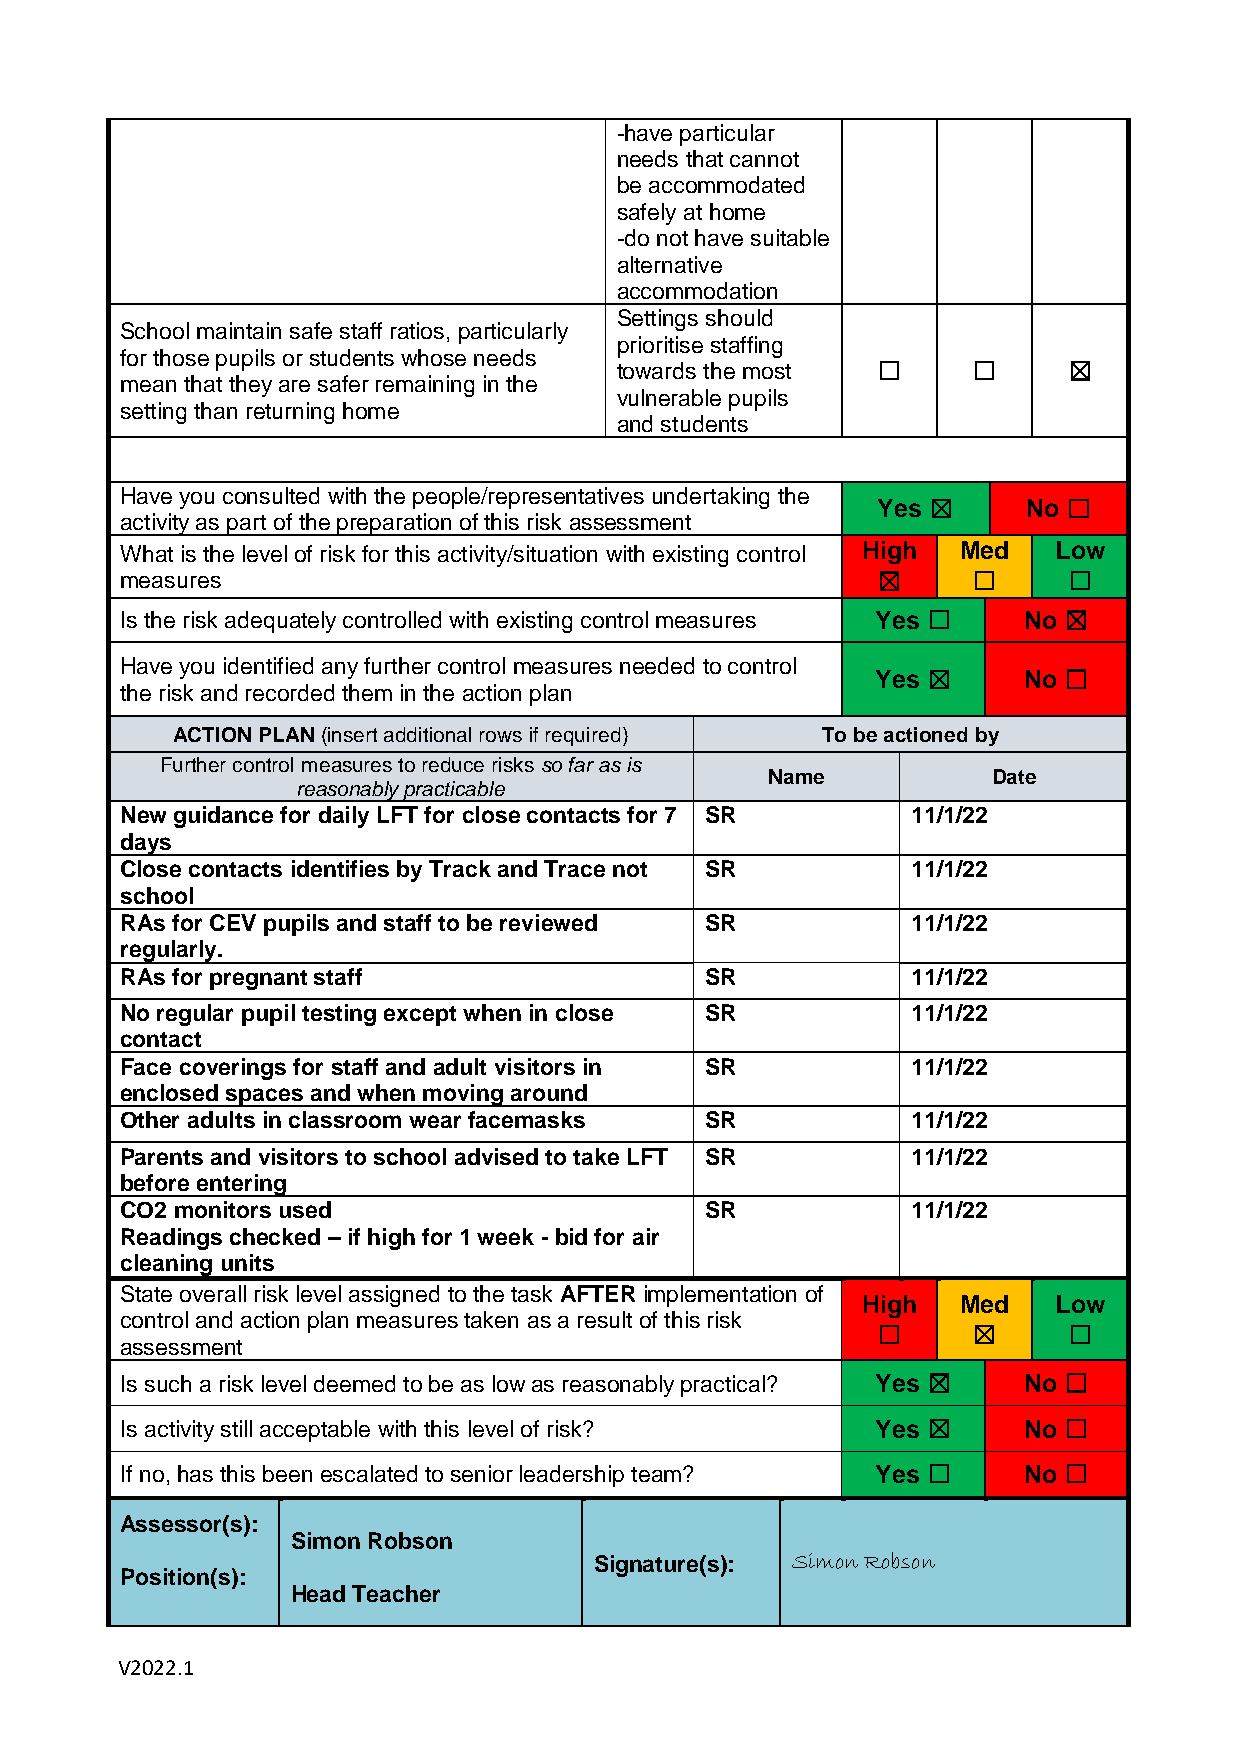
-have particular
 needs that cannot
 be accommodated
 safely at home
 -do not have suitable
 alternative
 accommodation
 Settings should
 School maintain safe staff ratios, particularly
 prioritise staffing
 for those pupils or students whose needs
 towards the most ☐     ☐      ☒
 mean that they are safer remaining in the
 vulnerable pupils
 setting than returning home
 and students
 Have you consulted with the people/representatives undertaking the
 Yes ☒     No ☐
 activity as part of the preparation of this risk assessment
 What is the level of risk for this activity/situation with existing control High Med Low
 measures                                          ☒     ☐      ☐
 Is the risk adequately controlled with existing control measures Yes ☐ No ☒
 Have you identified any further control measures needed to control
 Yes ☒     No ☐
 the risk and recorded them in the action plan
 ACTION PLAN (insert additional rows if required) To be actioned by
 Further control measures to reduce risks so far as is
 Name           Date
 reasonably practicable
 New guidance for daily LFT for close contacts for 7 SR 11/1/22
 days
 Close contacts identifies by Track and Trace not SR 11/1/22
 school
 RAs for CEV pupils and staff to be reviewed SR      11/1/22
 regularly.
 RAs for pregnant staff                 SR           11/1/22
 No regular pupil testing except when in close SR    11/1/22
 contact
 Face coverings for staff and adult visitors in SR   11/1/22
 enclosed spaces and when moving around
 Other adults in classroom wear facemasks SR         11/1/22
 Parents and visitors to school advised to take LFT SR 11/1/22
 before entering
 CO2 monitors used                      SR           11/1/22
 Readings checked – if high for 1 week - bid for air
 cleaning units
 State overall risk level assigned to the task AFTER implementation of
 High  Med    Low
 control and action plan measures taken as a result of this risk
 ☐     ☒      ☐
 assessment
 Is such a risk level deemed to be as low as reasonably practical? Yes ☒ No ☐
 Is activity still acceptable with this level of risk? Yes ☒ No ☐
 If no, has this been escalated to senior leadership team? Yes ☐ No ☐
 Assessor(s):
 Simon Robson
 Signature(s): Simon Robson
 Position(s):
 Head Teacher
 V2022.1